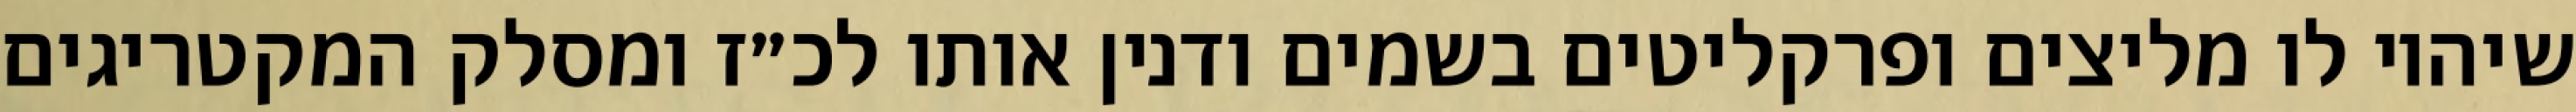
שיהיו לו מליצים ופרקליטים בשמים ודנין אותו לכ״ז ומסלק המקטריגים